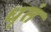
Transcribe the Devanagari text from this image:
धृतं